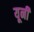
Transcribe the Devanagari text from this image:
यूनी